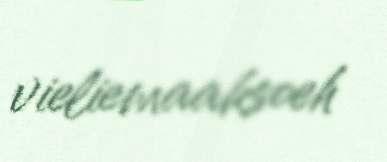
vieliemaaksoeh